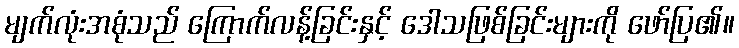
မျက်လုံးအစုံသည် ကြောက်လန့်ခြင်းနှင့် ဒေါသဖြစ်ခြင်းများကို ဖော်ပြ၏။